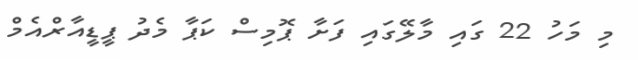
މި މަހު 22 ގައި މާލޭގައި ފަށާ ޕޮމިސް ކަޕާ މެދު ޕީޑީއާރްއެމް